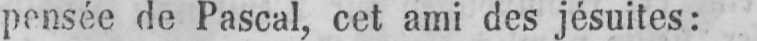
pensée de Pascal, cet ami des jésuites: